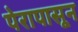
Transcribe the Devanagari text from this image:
पेरापासून